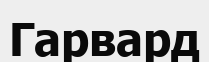
Гарвард